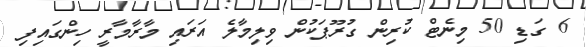
6 ގަޑި 50 މިނެޓް ކުރިން ގުރޫޕަކުން ވިލިމާލެ އަރައި މާރާމާރީ ހިންގައިފި